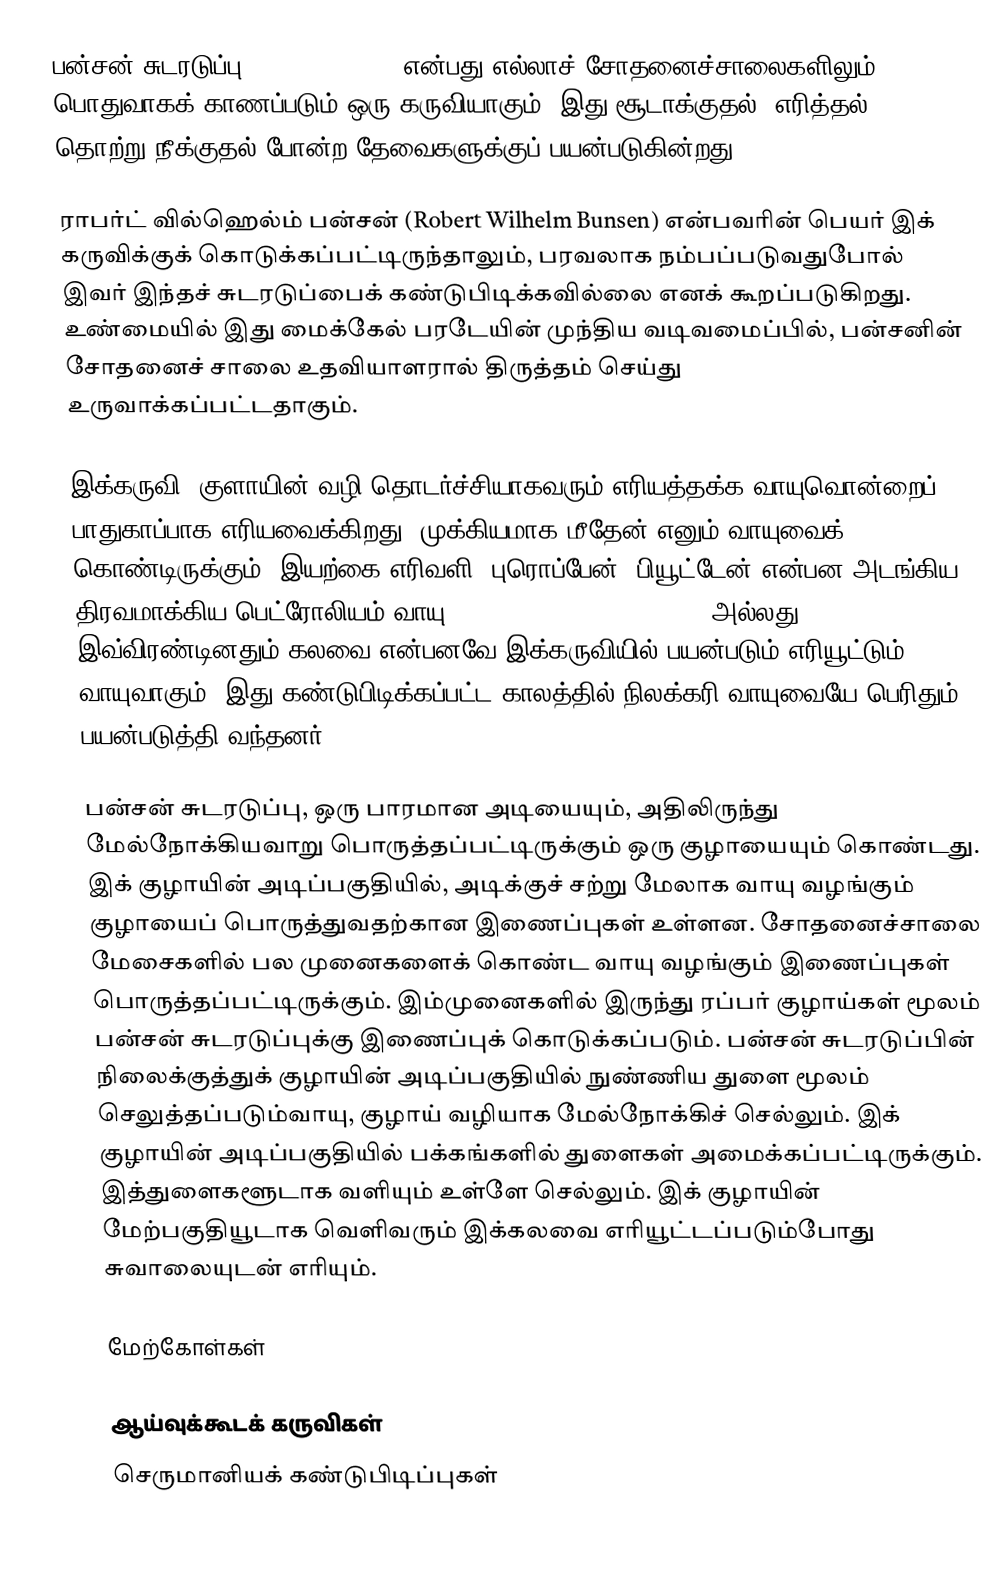
பன்சன் சுடரடுப்பு (Bunsen burner) என்பது எல்லாச் சோதனைச்சாலைகளிலும் பொதுவாகக் காணப்படும் ஒரு கருவியாகும். இது சூடாக்குதல், எரித்தல், தொற்று நீக்குதல் போன்ற தேவைகளுக்குப் பயன்படுகின்றது.

ராபர்ட் வில்ஹெல்ம் பன்சன் (Robert Wilhelm Bunsen) என்பவரின் பெயர் இக் கருவிக்குக் கொடுக்கப்பட்டிருந்தாலும், பரவலாக நம்பப்படுவதுபோல் இவர் இந்தச் சுடரடுப்பைக் கண்டுபிடிக்கவில்லை எனக் கூறப்படுகிறது. உண்மையில் இது மைக்கேல் பரடேயின் முந்திய வடிவமைப்பில், பன்சனின் சோதனைச் சாலை உதவியாளரால்  திருத்தம் செய்து உருவாக்கப்பட்டதாகும்.

இக்கருவி, குளாயின் வழி தொடர்ச்சியாகவரும் எரியத்தக்க வாயுவொன்றைப் பாதுகாப்பாக எரியவைக்கிறது. முக்கியமாக மீதேன் எனும் வாயுவைக் கொண்டிருக்கும், இயற்கை எரிவளி, புரொப்பேன், பியூட்டேன் என்பன அடங்கிய திரவமாக்கிய பெட்ரோலியம் வாயு (liquified petroleum gas), அல்லது இவ்விரண்டினதும் கலவை என்பனவே இக்கருவியில் பயன்படும் எரியூட்டும் வாயுவாகும். இது கண்டுபிடிக்கப்பட்ட காலத்தில் நிலக்கரி வாயுவையே பெரிதும் பயன்படுத்தி வந்தனர்.

பன்சன் சுடரடுப்பு, ஒரு பாரமான அடியையும், அதிலிருந்து மேல்நோக்கியவாறு பொருத்தப்பட்டிருக்கும் ஒரு குழாயையும் கொண்டது. இக் குழாயின் அடிப்பகுதியில், அடிக்குச் சற்று மேலாக வாயு வழங்கும் குழாயைப் பொருத்துவதற்கான இணைப்புகள் உள்ளன. சோதனைச்சாலை மேசைகளில் பல முனைகளைக் கொண்ட வாயு வழங்கும் இணைப்புகள் பொருத்தப்பட்டிருக்கும். இம்முனைகளில் இருந்து ரப்பர் குழாய்கள் மூலம் பன்சன் சுடரடுப்புக்கு இணைப்புக் கொடுக்கப்படும். பன்சன் சுடரடுப்பின் நிலைக்குத்துக் குழாயின் அடிப்பகுதியில் நுண்ணிய துளை மூலம் செலுத்தப்படும்வாயு, குழாய் வழியாக மேல்நோக்கிச் செல்லும். இக் குழாயின் அடிப்பகுதியில் பக்கங்களில் துளைகள் அமைக்கப்பட்டிருக்கும். இத்துளைகளூடாக வளியும் உள்ளே செல்லும். இக் குழாயின் மேற்பகுதியூடாக வெளிவரும் இக்கலவை எரியூட்டப்படும்போது சுவாலையுடன் எரியும்.

மேற்கோள்கள்

ஆய்வுக்கூடக் கருவிகள்
செருமானியக் கண்டுபிடிப்புகள்